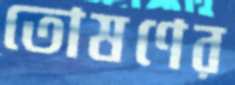
তোষণের